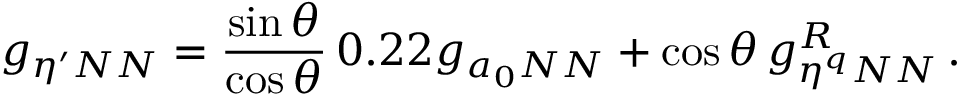
g _ { \eta ^ { \prime } N N } = { \frac { \sin \theta } { \cos \theta } } \, 0 . 2 2 g _ { a _ { 0 } N N } + \cos \theta \, g _ { \eta ^ { q } N N } ^ { R } \, .